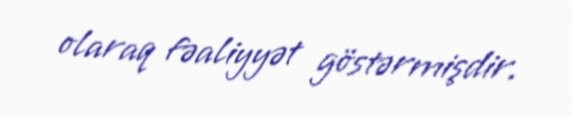
olaraq fəaliyyət göstərmişdir.